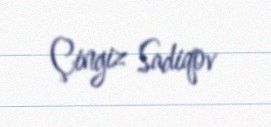
Çingiz Sadiqov